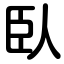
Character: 臥